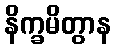
နိက္ခမိတွာန